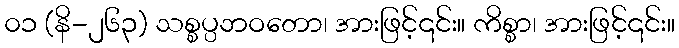
၀၁ (နိ-၂၆၃) သစ္စပ္ပဘဝတော၊ အားဖြင့်၎င်း။ ကိစ္စာ၊ အားဖြင့်၎င်း။